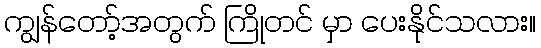
ကျွန်တော့်အတွက် ကြိုတင် မှာ ပေးနိုင်သလား။